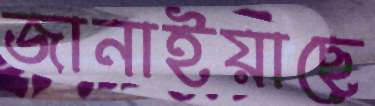
জানাইয়াছে